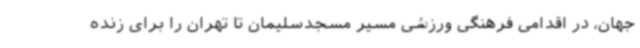
جهان، در اقدامی فرهنگی ورزشی مسیر مسجدسلیمان تا تهران را برای زنده